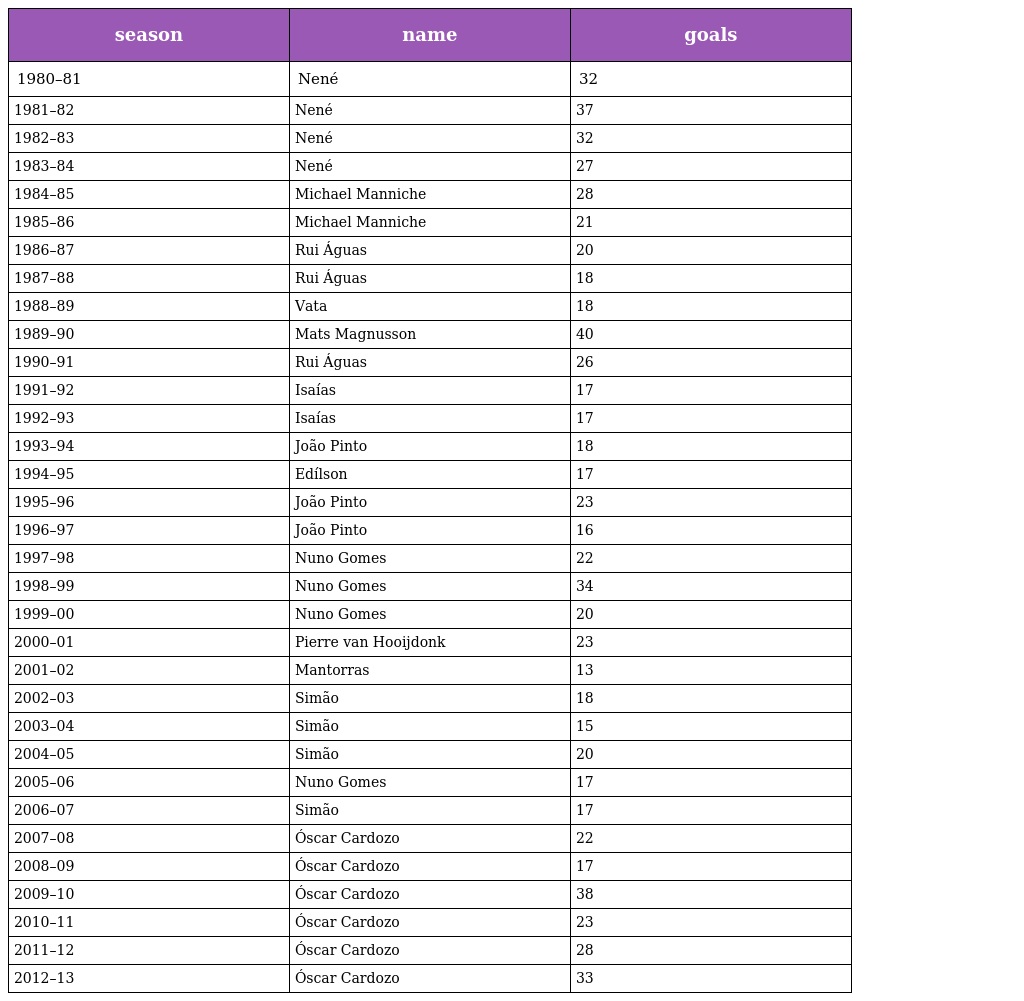
| season | name | goals |
 | --- | --- | --- |
 | 1980–81 | Nené | 32 |
 | 1981–82 | Nené | 37 |
 | 1982–83 | Nené | 32 |
 | 1983–84 | Nené | 27 |
 | 1984–85 | Michael Manniche | 28 |
 | 1985–86 | Michael Manniche | 21 |
 | 1986–87 | Rui Águas | 20 |
 | 1987–88 | Rui Águas | 18 |
 | 1988–89 | Vata | 18 |
 | 1989–90 | Mats Magnusson | 40 |
 | 1990–91 | Rui Águas | 26 |
 | 1991–92 | Isaías | 17 |
 | 1992–93 | Isaías | 17 |
 | 1993–94 | João Pinto | 18 |
 | 1994–95 | Edílson | 17 |
 | 1995–96 | João Pinto | 23 |
 | 1996–97 | João Pinto | 16 |
 | 1997–98 | Nuno Gomes | 22 |
 | 1998–99 | Nuno Gomes | 34 |
 | 1999–00 | Nuno Gomes | 20 |
 | 2000–01 | Pierre van Hooijdonk | 23 |
 | 2001–02 | Mantorras | 13 |
 | 2002–03 | Simão | 18 |
 | 2003–04 | Simão | 15 |
 | 2004–05 | Simão | 20 |
 | 2005–06 | Nuno Gomes | 17 |
 | 2006–07 | Simão | 17 |
 | 2007–08 | Óscar Cardozo | 22 |
 | 2008–09 | Óscar Cardozo | 17 |
 | 2009–10 | Óscar Cardozo | 38 |
 | 2010–11 | Óscar Cardozo | 23 |
 | 2011–12 | Óscar Cardozo | 28 |
 | 2012–13 | Óscar Cardozo | 33 |